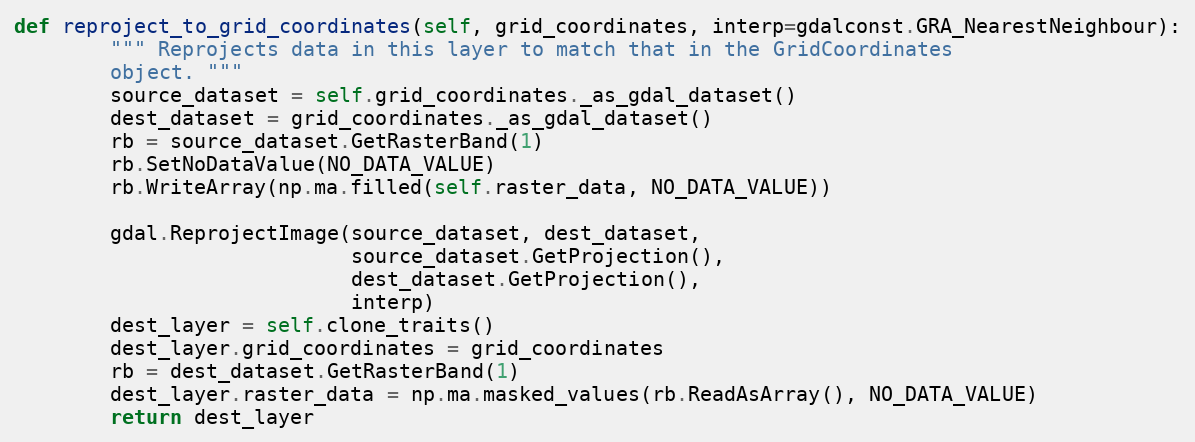
Language: Python
def reproject_to_grid_coordinates(self, grid_coordinates, interp=gdalconst.GRA_NearestNeighbour):
        """ Reprojects data in this layer to match that in the GridCoordinates
        object. """
        source_dataset = self.grid_coordinates._as_gdal_dataset()
        dest_dataset = grid_coordinates._as_gdal_dataset()
        rb = source_dataset.GetRasterBand(1)
        rb.SetNoDataValue(NO_DATA_VALUE)
        rb.WriteArray(np.ma.filled(self.raster_data, NO_DATA_VALUE))

        gdal.ReprojectImage(source_dataset, dest_dataset,
                            source_dataset.GetProjection(),
                            dest_dataset.GetProjection(),
                            interp)
        dest_layer = self.clone_traits()
        dest_layer.grid_coordinates = grid_coordinates
        rb = dest_dataset.GetRasterBand(1)
        dest_layer.raster_data = np.ma.masked_values(rb.ReadAsArray(), NO_DATA_VALUE)
        return dest_layer